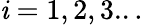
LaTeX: \mathit{i}=1,2,3...